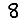
Digit: 8